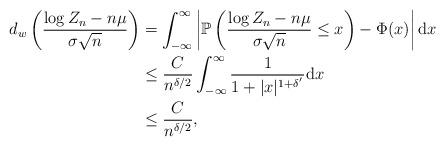
LaTeX: \begin{align*}d_{w}\left(\frac{\log Z_{n}-n\mu}{\sigma\sqrt{n}}\right)&= \int_{-\infty}^{\infty} \left|\mathbb{P}\left(\frac{\log Z_{n}-n \mu}{\sigma \sqrt{n}} \leq x\right)-\Phi(x)\right|\mbox{d}x\\&\leq \frac{C}{n^{\delta / 2}}\int_{-\infty}^{\infty} \frac{1}{1+|x|^{1+\delta^{'}}}\mbox{d}x \\&\leq \frac{C}{n^{\delta/2}} ,\end{align*}